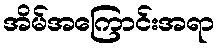
အိမ်အကြောင်းအရာ